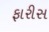
ફારીસ